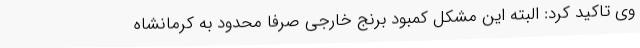
وی تاکید کرد: البته این مشکل کمبود برنج خارجی صرفا محدود به کرمانشاه